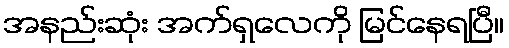
အနည်းဆုံး အက်ရှလေကို မြင်နေရပြီ။